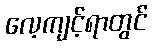
လေ့ကျင့်ရာတွင်